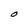
Character: O